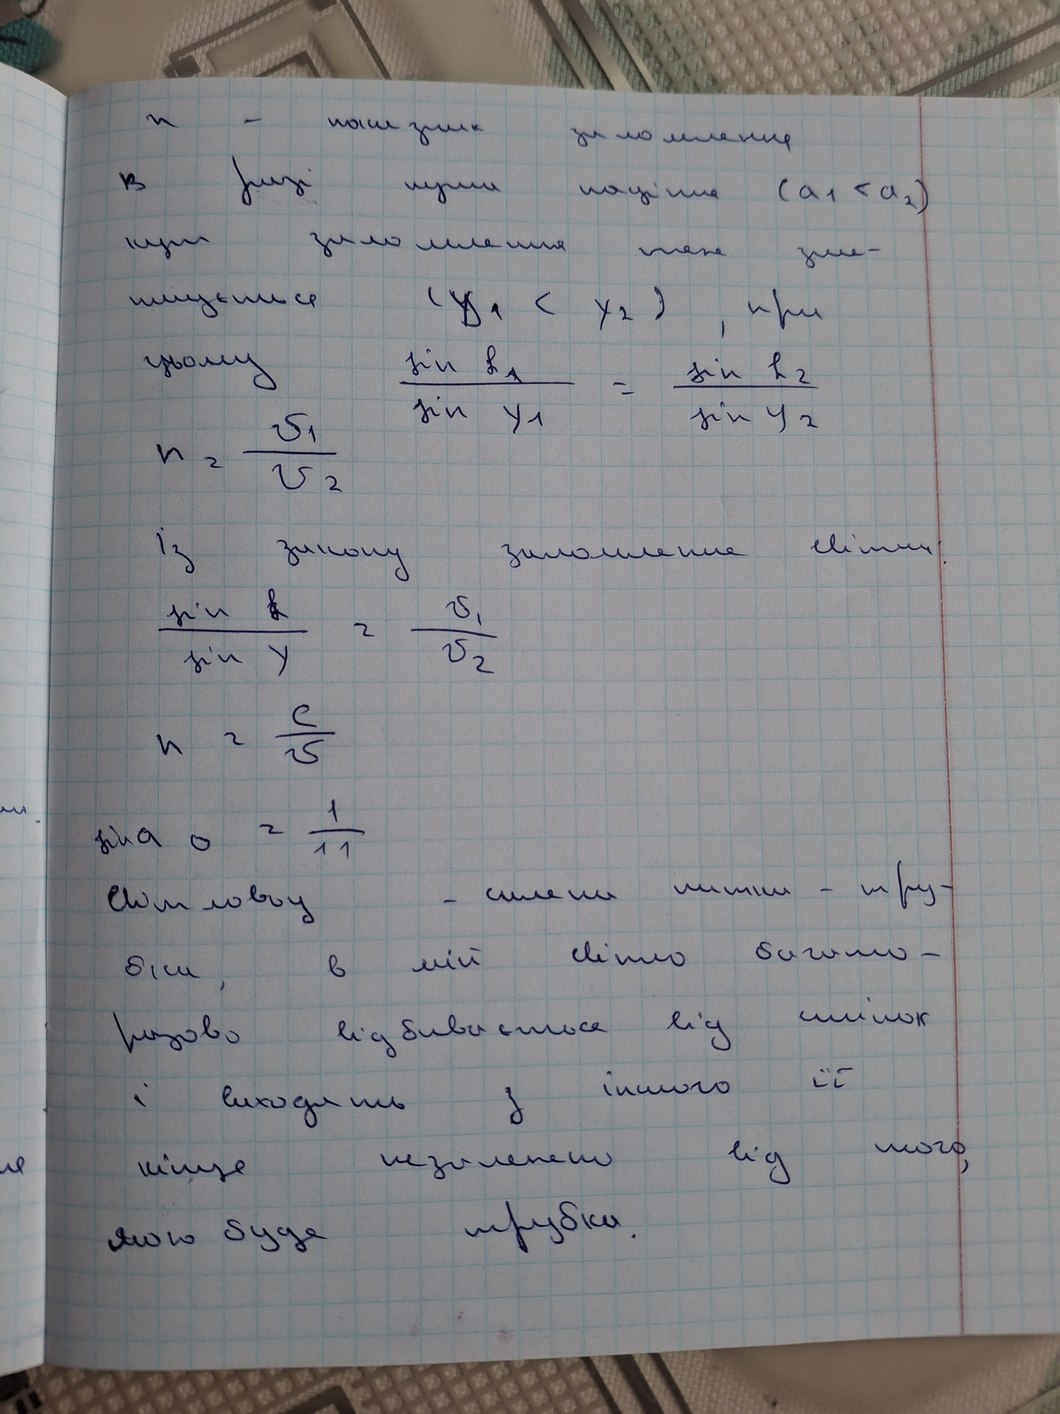
н-показик заломлення
В разі кути націлене (а1<а2)
кут заломлення теж змі-
нюється (у1< х2),при
цьому sin l1/sin y1=sin l2/sin у2
n2=v1/v2
Із закону заломлення світла
sin l/sin у=v1/v2 ~ k/sqrt(k)
c/5 ~ n 1/11 ~ g u a o l u m w l u y
sin a o= 1/11
Світлому- скляні нитки-труб-
бки, в якій світло багато-
разово відбивається від стінок
і виходять з іношого її
кінця не залежно від того,
якою буде трубка.